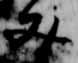
文